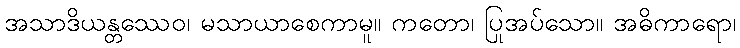
အသာဒိယန္တဿေဝ၊ မသာယာစေကာမူ။ ကတော၊ ပြုအပ်သော။ အဓိကာရော၊